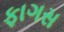
ફાગસ